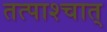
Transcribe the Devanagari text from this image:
तत्पाश्चात्